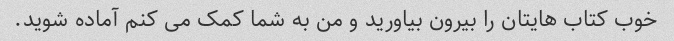
خوب کتاب هایتان را بیرون بیاورید و من به شما کمک می کنم آماده شوید.